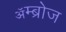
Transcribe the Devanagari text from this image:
ॲम्ब्रोज